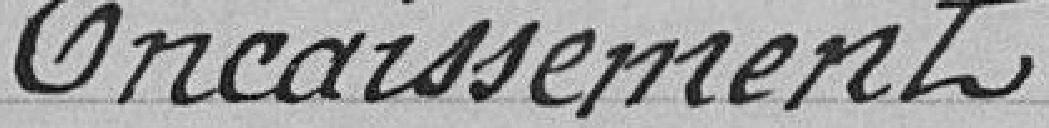
Encaissements